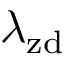
\lambda _ { \mathrm { z d } }